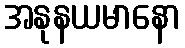
အနုနယမာနော